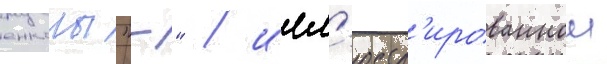
енкомы "-" / илл'юстр'ированнои